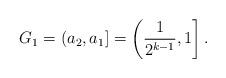
LaTeX: \begin{align*}G_1 = (a_2,a_1] = \left( \frac{1}{2^{k-1}},1 \right].\end{align*}